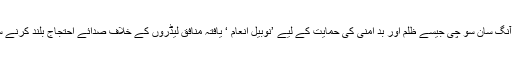
رہے مسلمان تو صرف برماکے سرکاری و غیر سرکاری بودھ ظالموں اور آنگ سان سو چی جیسے ظلم اور بد امنی کی حمایت کے لیے ’نوبیل انعام ‘ یافتہ منافق لیڈروں کے خلاف صدائے احتجاج بلند کرنے سے ان کے خلاف پوری دنیا میں جاری مظالم کا سلسلہ بند نہیں ہو نے والا ۔